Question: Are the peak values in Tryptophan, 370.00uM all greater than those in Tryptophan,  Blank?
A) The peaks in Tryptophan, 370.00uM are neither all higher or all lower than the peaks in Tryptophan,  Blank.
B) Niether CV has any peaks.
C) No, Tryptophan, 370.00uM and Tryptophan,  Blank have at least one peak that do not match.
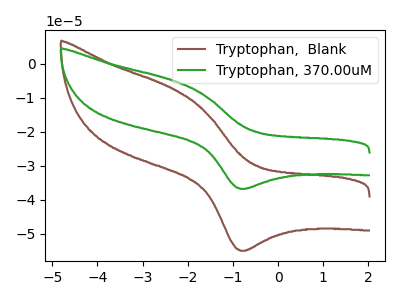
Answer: <think>The brown curve "Tryptophan,  Blank" has an anodic peak at (-2.30V, -7.65uA) and a cathodic peak at (-0.80V, -55.00uA). The green curve "Tryptophan, 370.00uM" has an anodic peak at (-2.30V, -5.10uA) and a cathodic peak at (-0.80V, -36.80uA).</think>
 <answer>A) The peaks in "Tryptophan, 370.00uM" are neither all higher or all lower than the peaks in "Tryptophan,  Blank".</answer>
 <eval>A</eval>